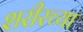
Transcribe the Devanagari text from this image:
शरीरच्या